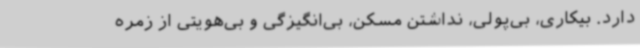
دارد. بیکاری، بی‌پولی، نداشتن مسکن، بی‌انگیزگی و بی‌هویتی از زمره